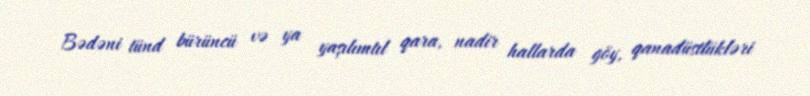
Bədəni tünd bürüncü və ya yaşılımtıl qara, nadir hallarda göy, qanadüstlükləri